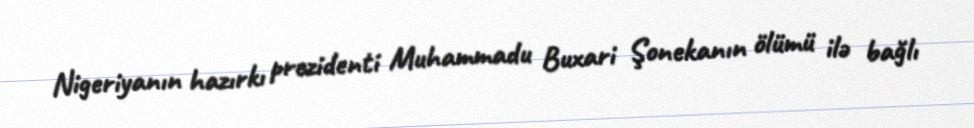
Nigeriyanın hazırkı prezidenti Muhammadu Buxari Şonekanın ölümü ilə bağlı